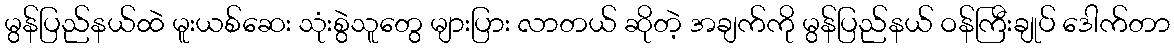
မွန်ပြည်နယ်ထဲ မူးယစ်ဆေး သုံးစွဲသူတွေ များပြား လာတယ် ဆိုတဲ့ အချက်ကို မွန်ပြည်နယ် ဝန်ကြီးချုပ် ဒေါက်တာ